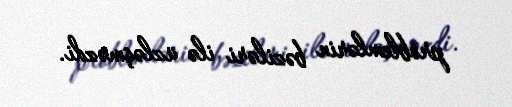
problemlərin bəziləri ilə üzləşməzdi.